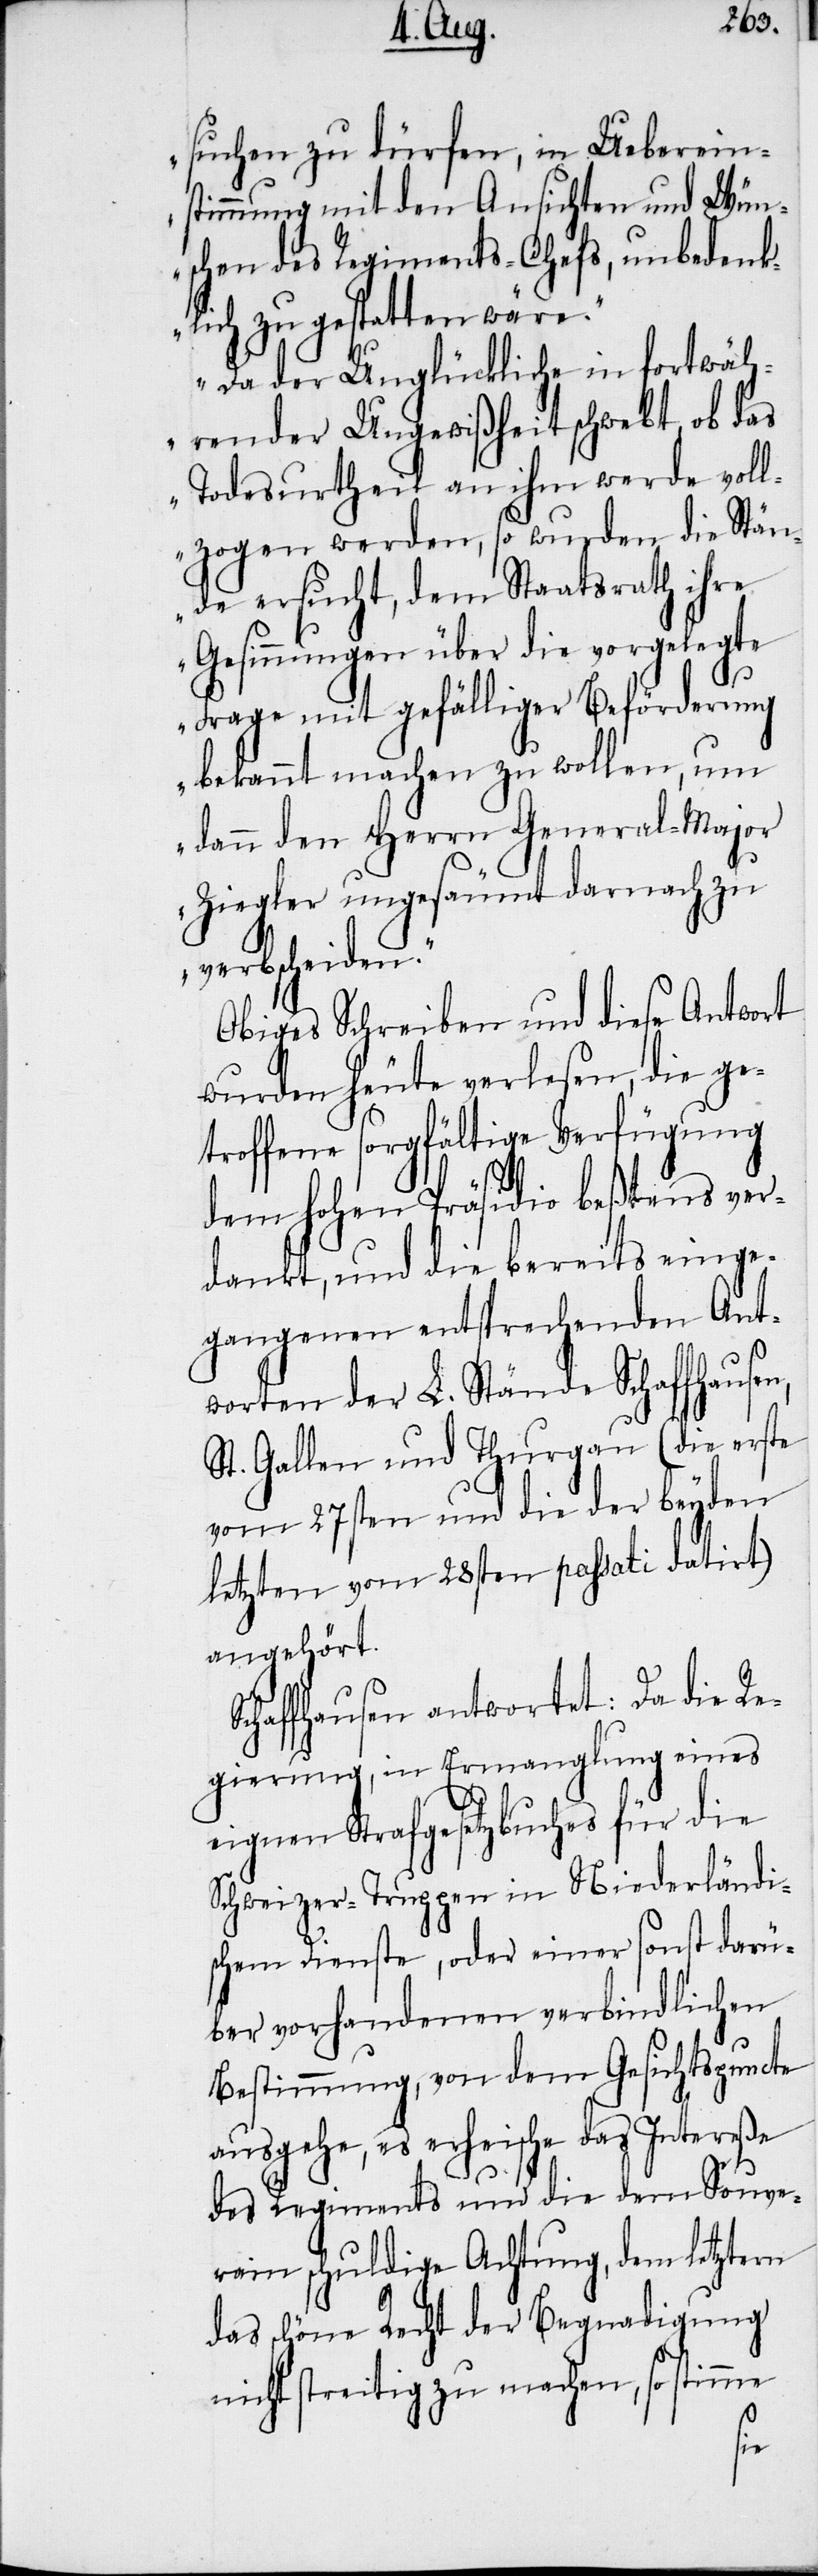
suchen zu dürfen, in Ueberein¬
stimmung mit den Ansichten und Wün¬
schen des Regiments-Chefs, unbedenk¬
lich zu gestatten wäre.“
„Da der Unglückliche in fortwäh¬
render Ungewißheit schwebt, ob das
Todesurtheil an ihm werde voll¬
zogen werden, so wurden die Stän¬
de ersucht, dem Staatsrath ihre
Gesinnungen über die vorgelegte
Frage mit gefälliger Beförderung
bekannt machen zu wollen, um
dann den Herrn General-Major
Ziegler ungesäumt darnach zu
verbscheiden.“
Obiges Schreiben und diese Antwort
wurden heute verlesen, die ge¬
troffene sorgfältige Verfügung
dem hohen Präsidio beßtens ver¬
dankt, und die bereits einge¬
gangenen entsprechenden Ant¬
worten der L. Stände Schaffhause¬
St. Gallen und Thurgau (die erste
vom 27sten und die der beyden
letzten vom 28sten passati datirt)
angehört.
Schaffhausen antwortet: Da die Re¬
gierung, in Ermanglung eines
eignen Strafgesetzbuches für die
Schweizer-Truppen in Niederländi¬
schen Dienste, oder einer sonst darü¬
ber vorhandenen verbindlichen
Bestimmung, von dem Gesichtspuncte
ausgehe, es erheische das Intereße
des Regiments und die dem Souve¬
rain schuldige Achtung, dem letztern
das schöne Recht der Begnadigung
nicht streitig zu machen, so stimme
n,